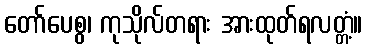
တော်ပေစွ၊ ကုသိုလ်တရား အားထုတ်ရလတ္တံ့။